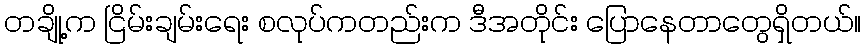
တချို့က ငြိမ်းချမ်းရေး စလုပ်ကတည်းက ဒီအတိုင်း ပြောနေတာတွေရှိတယ်။